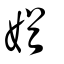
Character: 媨